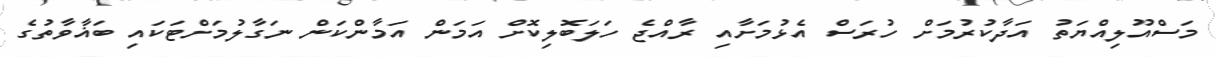
މަސްއޫލިއްޔަތު އަދާކުރުމަށް ހުރަސް އެޅުމަށާއި ރާއްޖެ ހަލަބޮލިކޮށް އަމަން އަމާންކަން ނަގާލުމަށްޓަކައި ބަޣާވާތުގެ